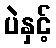
ပဲနှင့်